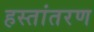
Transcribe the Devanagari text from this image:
हस्‍तांतरण